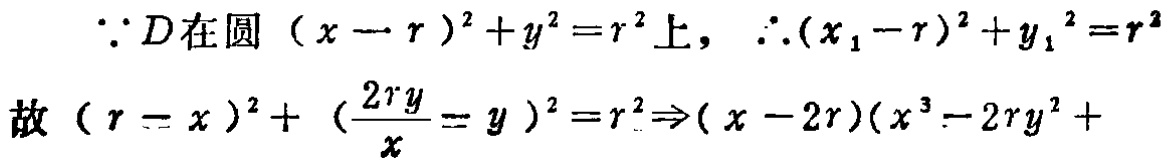
\(\because D在圆\ (x - r)^{2}+y^{2}=r^{2}上，\therefore(x_{1}-r)^{2}+y_{1}^{2}=r^{2}\)
故\((r - x)^{2}+ (\frac{2ry}{x}-y)^{2}=r^{2}\Rightarrow(x - 2r)(x^{3}-2ry^{2}+\)